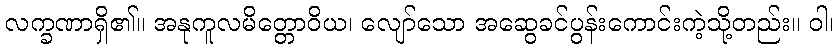
လက္ခဏာရှိ၏။ အနုကူလမိတ္တောဝိယ၊ လျော်သော အဆွေခင်ပွန်းကောင်းကဲ့သို့တည်း။ ဝါ၊